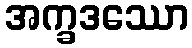
အက္ခဒဿော